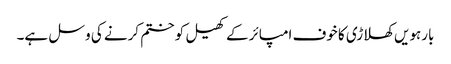
بارہویں کھلاڑی کا خوف امپائر کے کھیل کو ختم کرنے کی وسل ہے۔